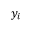
y _ { i }